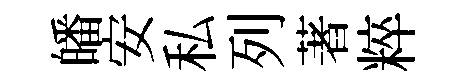
皤安私列著粹